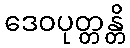
ဒေဝပုတ္တန္တိ